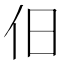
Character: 𬽪